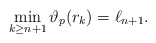
\begin{align*}\min_{k \geq n + 1} \vartheta_p(r_k) = \ell_{n + 1} .\end{align*}